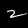
Label: 2